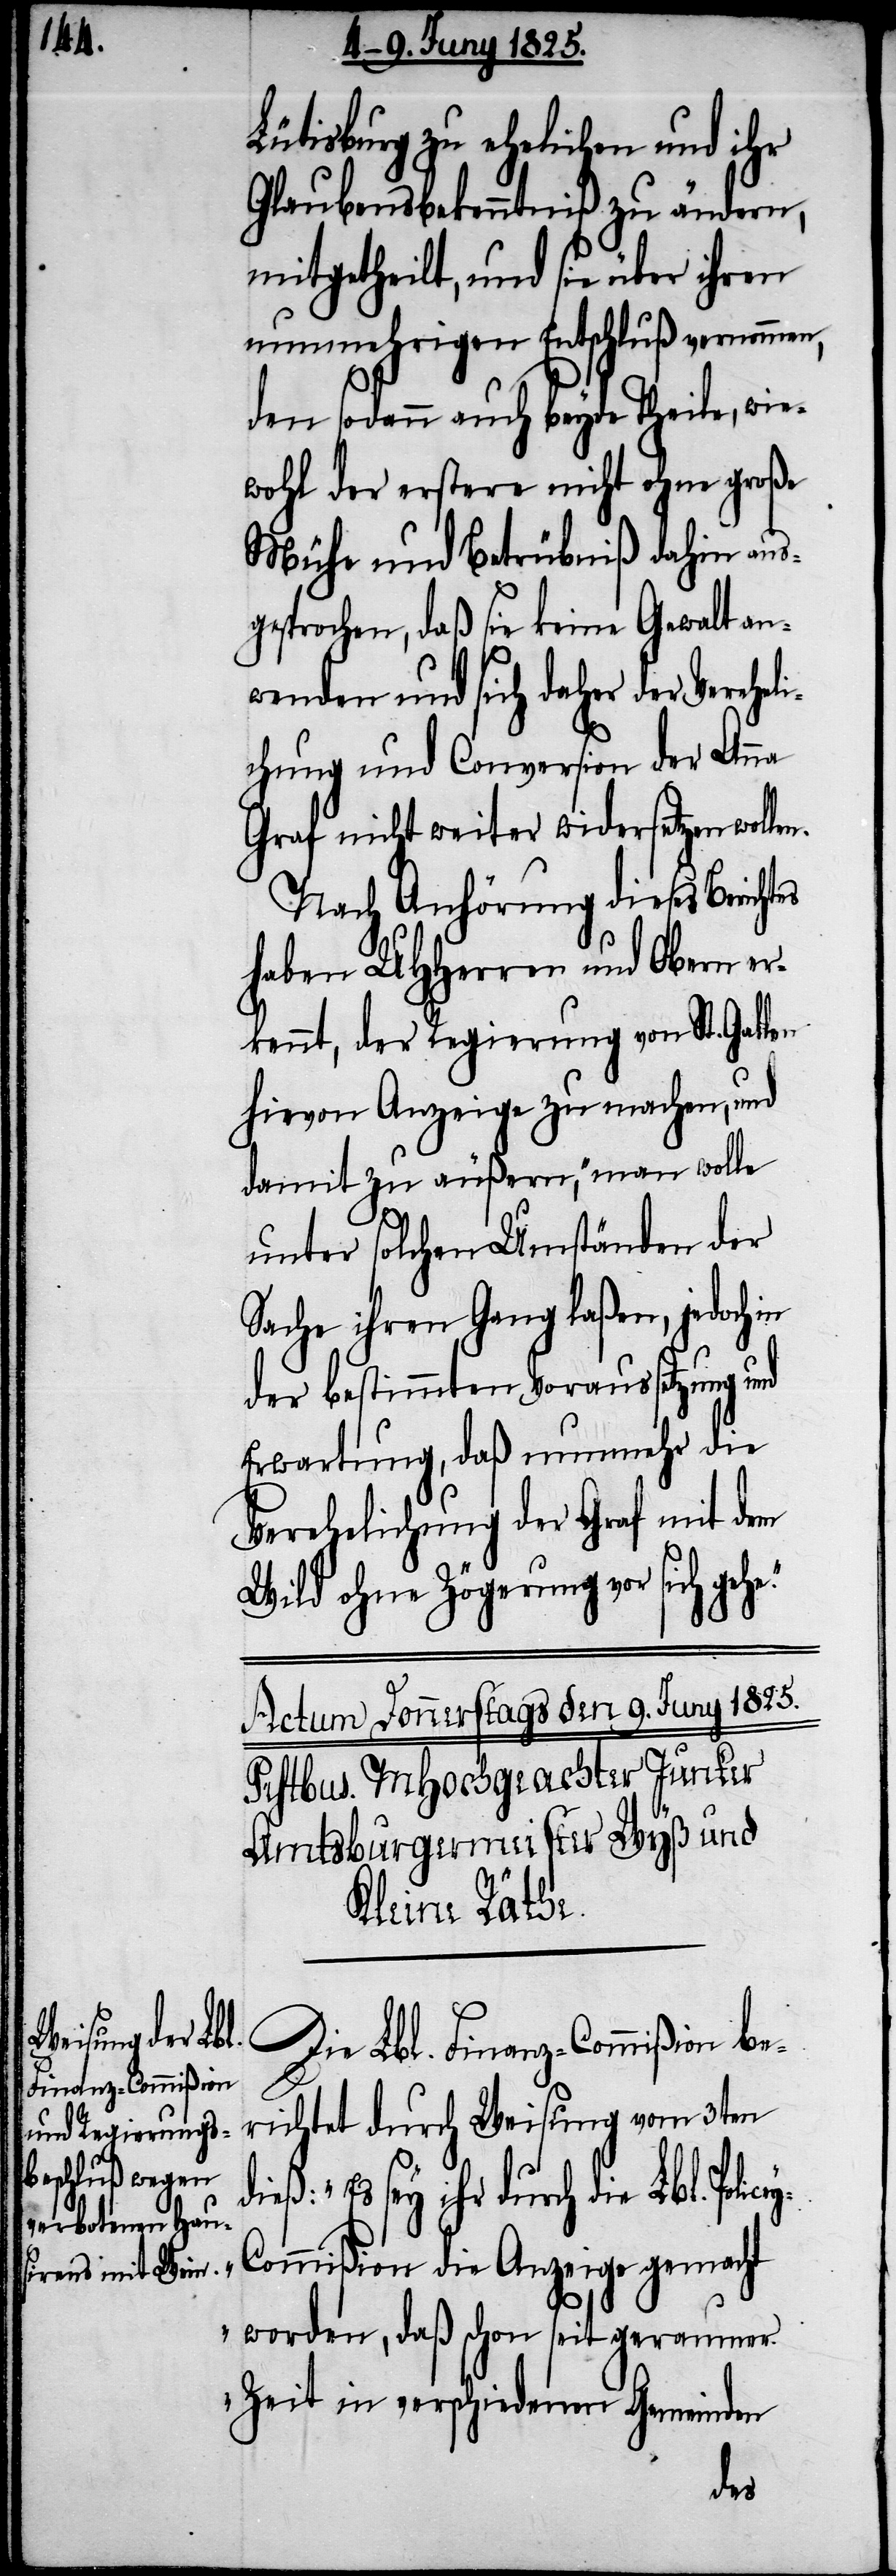
Lütisburg zu ehelichen, und ihr
Glaubensbekenntniß zu ändern,
mitgetheilt, und sie über ihren
nunmehrigen Entschluß vernommen,
denn sodann auch beyde Theile, wie¬
wohl der erstere nicht ohne große
Mühe und Betrübniß dahin aus¬
gesprochen, daß sie keine Gewalt an¬
icey-C¬
wenden und sich daher der Vereheli¬
chung und Conversion der Anna
Graf nicht weiter widersetzen wollen.
Nach Anhörung dieses Berichtes
haben UHHerren und Obern er¬
kennt, der Regierung von St. Gallen
hievon Anzeige zu machen, und
damit zu äußern, „man wolle
unter solchen Umständen der
Sache ihren Gang laßen, jedoch
der bestimmten Voraussetzung und
Erwartung, daß nunmehr die
Verehelichung der Graf mit dem
Wild ohne Zögerung vor sich ge¬
Die Lbl. Finanz-Commißion be¬
richtet durch Weisung vom 3ten
„Es sey ihr durch die Lbl. Pol¬
ommißion die Anzeige gemacht
worden, daß schon seit geraumer
Zeit in verschiedenen Gemeinden